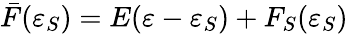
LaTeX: \bar{F}(\varepsilon_{S})=E(\varepsilon-\varepsilon_{S})+F_{S}(\varepsilon_{S})